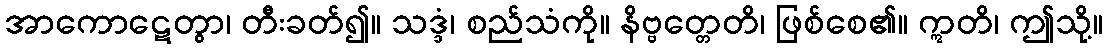
အာကောဋေတွာ၊ တီးခတ်၍။ သဒ္ဒံ၊ စည်သံကို။ နိဗ္ဗတ္တေတိ၊ ဖြစ်စေ၏။ ဣတိ၊ ဤသို့။